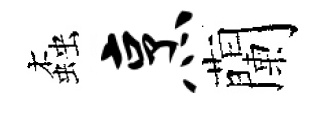
螙烹蘭